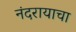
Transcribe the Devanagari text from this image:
नंदरायाचा